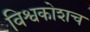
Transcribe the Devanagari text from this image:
विश्वकोशच